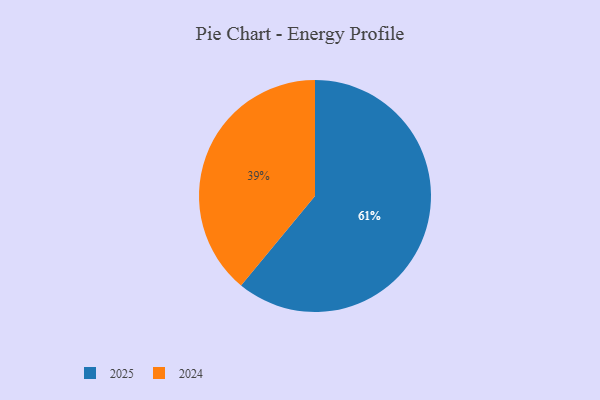
{"axis": {"x": "Category", "y": "Percentage"}, "legend": ["2024", "2025"], "data": [{"x": "2025", "y": 61, "type": "2025"}, {"x": "2024", "y": 39, "type": "2024"}]}